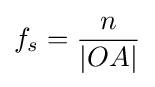
f_{s}={\frac {n}{|OA|}}